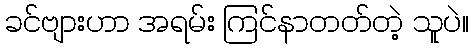
ခင်ဗျားဟာ အရမ်း ကြင်နာတတ်တဲ့ သူပဲ။